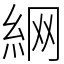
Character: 䋞